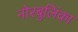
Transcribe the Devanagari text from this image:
नोरबुलिंका